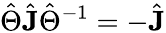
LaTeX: \hat{\Theta}\hat{\mathbf{J}}\hat{\Theta}^{-1}=-\hat{\mathbf{J}}